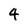
Character: 4